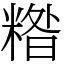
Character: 糌